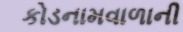
કોડનામવાળાની